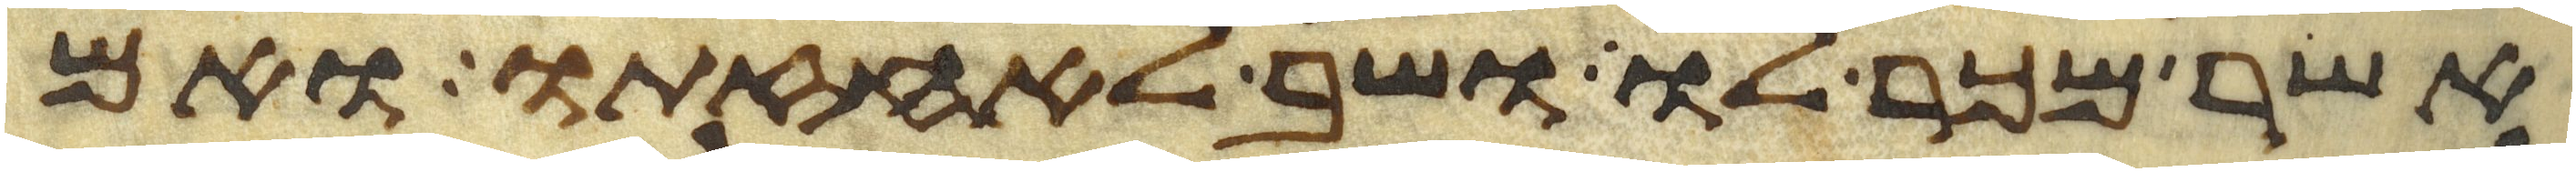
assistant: אשר מכר לו ושב לאחזתו ואם